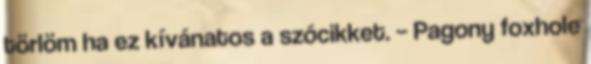
törlöm ha ez kívánatos a szócikket. – Pagony foxhole